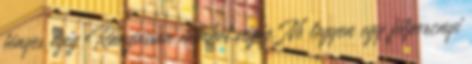
fényes égig Rángasson minket végig. Ne legyen egy félpercnyi